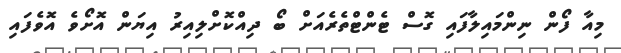
މިއާ ފޯން ނިންމައިލާފައި ގޮސް ޓެންޓްތެރެއަށް ބޯ ދިއްކޮށްލިއިރު އިޔަން އޮށޯވެ އޮވެފައި